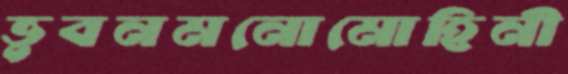
ভুবনমনোমোহিনী